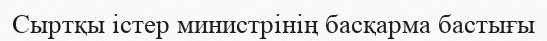
Сыртқы істер министрінің басқарма бастығы